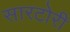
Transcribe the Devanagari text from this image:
सारटोरी